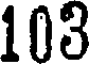
103